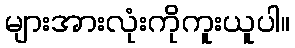
များအားလုံးကိုကူးယူပါ။